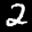
Label: 2